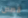
قصص